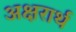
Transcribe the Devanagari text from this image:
अक्षरार्थ